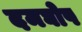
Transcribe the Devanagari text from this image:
दमघोष